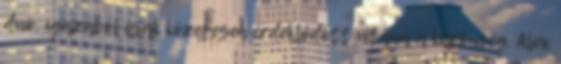
duó, igazából csak közepesen érdeklődött utána a közönség. Alex